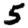
Digit: 5